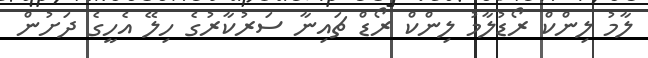
ލާމު ލިންކް ރޯޑުލާމު ލިންކް ރޯޑް ޗައިނާ ސަރުކާރުގެ ހިލޭ އެހީގެ ދަށުން